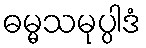
ဓမ္မသမုပ္ပါဒံ